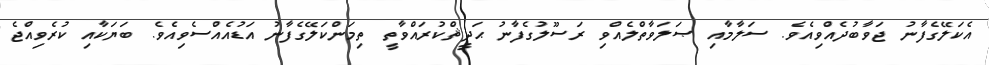
އެކަލޭގެފާނު ޖަވާބުދެއްވިއެވެ. ސަލާމާއި ޞަލަވާތްލެއްވި ރަސޫލުގެފާނު ޙަދީޘްކުރައްވާތީ ތިމަންކަލޭގެފާނު އަޑުއެއްސެވިއެވެ. ބަޔަކާއި ކުރެވިއްޖެ